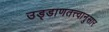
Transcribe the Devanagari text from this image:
उड्डाणतत्त्वानुसार